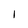
Character: I